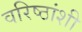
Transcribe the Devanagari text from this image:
वरिष्ठांशी